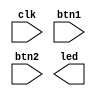
module top (
    input clk,
    input btn1,
    input btn2,
    output [5:0]led
);


endmodule